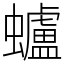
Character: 蠦